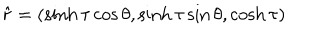
\hat { r } = ( \sinh \tau \cos \theta , \sinh \tau \sin \theta , \cosh \tau )